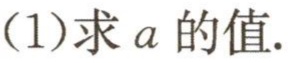
(1)求 \(a\) 的值.